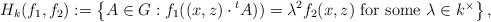
\begin{align*}H_k (f_1,f_2) := \left\{ A \in G : f_1((x,z)\cdot {}^t A)) = \lambda^2 f_2(x,z) \mbox{ for some $\lambda \in k^{\times}$} \right\},\end{align*}